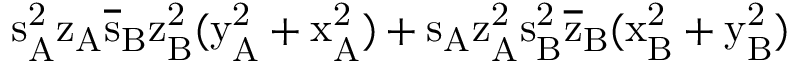
\mathrm { s _ { A } ^ { 2 } \mathrm { z _ { A } \mathrm { \overline { { s } } _ { B } \mathrm { z _ { B } ^ { 2 } ( \mathrm { y _ { A } ^ { 2 } + \mathrm { x _ { A } ^ { 2 } ) + \mathrm { s _ { A } \mathrm { z _ { A } ^ { 2 } \mathrm { s _ { B } ^ { 2 } \mathrm { \overline { { z } } _ { B } ( \mathrm { x _ { B } ^ { 2 } + \mathrm { y _ { B } ^ { 2 } ) } } } } } } } } } } } }